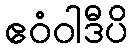
ဧဝံဝါဒီပိ